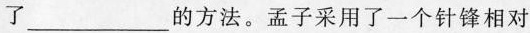
了___的方法。孟子采用了一个针锋相对